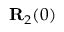
{ \bf R } _ { 2 } ( 0 )